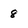
Character: 8